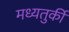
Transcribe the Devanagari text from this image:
मध्यतुर्की